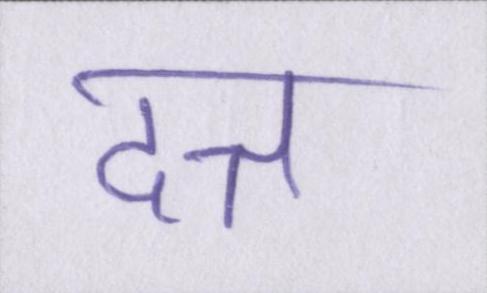
दत्त